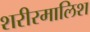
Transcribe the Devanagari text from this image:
शरीरमालिश